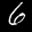
Label: 6